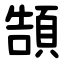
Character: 頶